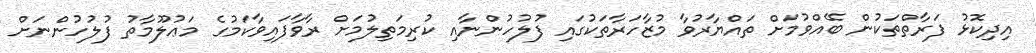
އިދިކޮޅު ފަރާތްތަކުން ބޭއްވުމަށް ތައްޔާރުވާ މުޒާހަރާތަކުގައި ފުލުހުންނާއި ކުރިމަތިލުމަށް ރާވާފައިވާކަމުގެ މަޢުލޫމާތު ފުލުުހުންނަށް